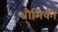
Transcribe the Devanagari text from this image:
भ्रौमिकी